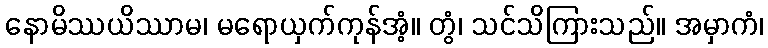
နောမိဿယိဿာမ၊ မရောယှက်ကုန်အံ့။ တွံ၊ သင်သိကြားသည်။ အမှာကံ၊